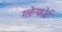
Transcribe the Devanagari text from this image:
ग्लेन्फोर्ड